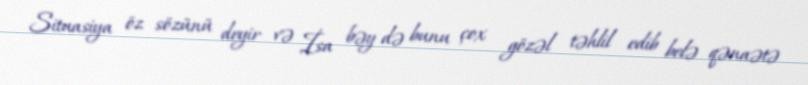
Situasiya öz sözünü deyir və İsa bəy də bunu çox gözəl təhlil edib belə qənaətə